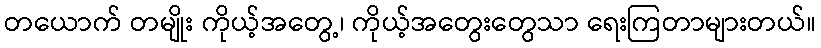
တယောက် တမျိုး ကိုယ့်အတွေ့၊ ကိုယ့်အတွေးတွေသာ ရေးကြတာများတယ်။